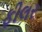
ફીલર